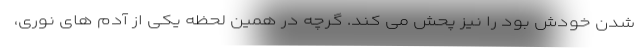
شدن خودش بود را نیز پحش می کند. گرچه در همین لحظه یکی از آدم های نوری،